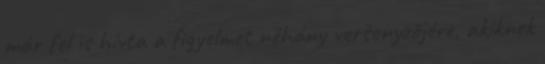
már fel is hívta a figyelmet néhány versenyzőjére, akiknek